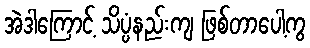
အဲဒါကြောင့် သိပ္ပံနည်းကျ ဖြစ်တာပေါ့ကွ